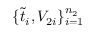
\{ \tilde { t } _ { i } , V _ { 2 i } \} _ { i = 1 } ^ { n _ { 2 } }